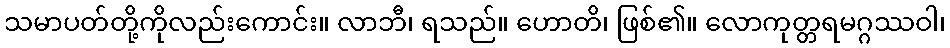
သမာပတ်တို့ကိုလည်းကောင်း။ လာဘီ၊ ရသည်။ ဟောတိ၊ ဖြစ်၏။ လောကုတ္တရမဂ္ဂဿဝါ၊